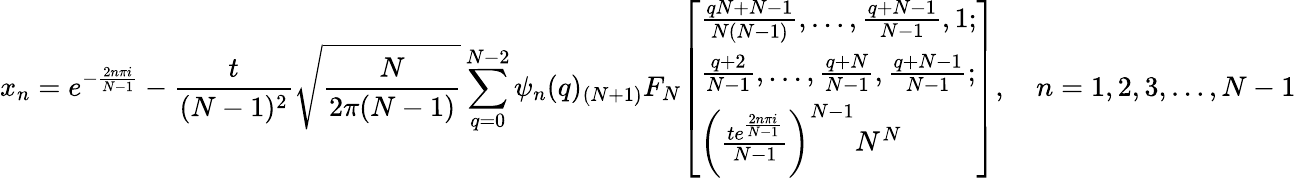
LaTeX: x_{n}=e^{-{\frac{2n\pi i}{N-1}}}-{\frac{t}{(N-1)^{2}}}{\sqrt{\frac{N}{2\pi(N-1)}}}\sum_{q=0}^{N-2}\psi_{n}(q)_{(N+1)}F_{N}{\left[\begin{array}{l}{{\frac{qN+N-1}{N(N-1)}},\ldots,{\frac{q+N-1}{N-1}},1;}\\ {{\frac{q+2}{N-1}},\ldots,{\frac{q+N}{N-1}},{\frac{q+N-1}{N-1}};}\\ {\left({\frac{te^{\frac{2n\pi i}{N-1}}}{N-1}}\right)^{N-1}N^{N}}\end{array}\right]},\quad n=1,2,3,\dots,N-1